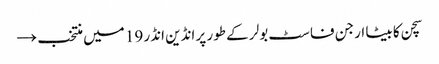
سچن کا بیٹا ارجن فاسٹ بولر کے طور پر انڈین انڈر 19 میں منتخب →